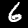
Label: 6